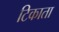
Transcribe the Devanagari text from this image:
टिकाता